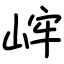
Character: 㟉